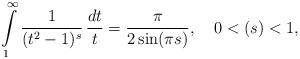
LaTeX: \begin{align*}\intop_{1}^{\infty}\frac{1}{(t^{2}-1)^{s}}\,\frac{dt}{t}=\frac{\pi}{2\sin(\pi s)},\,\,\,\,\,\,0<(s)<1,\end{align*}